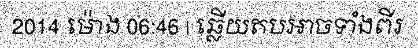
2014 ម៉ោង 06:46 | ឆ្លើយតបអាចទាំងពីរ